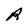
Character: R